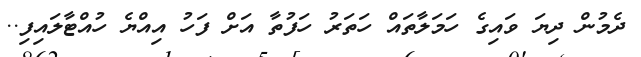
ދެމުން ދިޔަ ވައިގެ ހަމަލާތައް ހަތަރު ހަފުތާ އަށް ފަހު އިއްޔެ ހުއްޓާލައިފި..